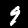
Digit: 9